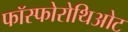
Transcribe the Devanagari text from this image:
फॉस्फोरोथिओट